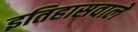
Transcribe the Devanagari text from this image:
इतिहासवाले